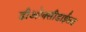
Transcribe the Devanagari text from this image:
डीओक्सीडाईसड